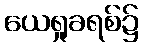
ယေရှုခရစ်၌